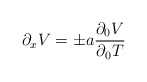
\begin{align*}\partial_x V = \pm a {\partial_0 V \over \partial_0 T}\end{align*}